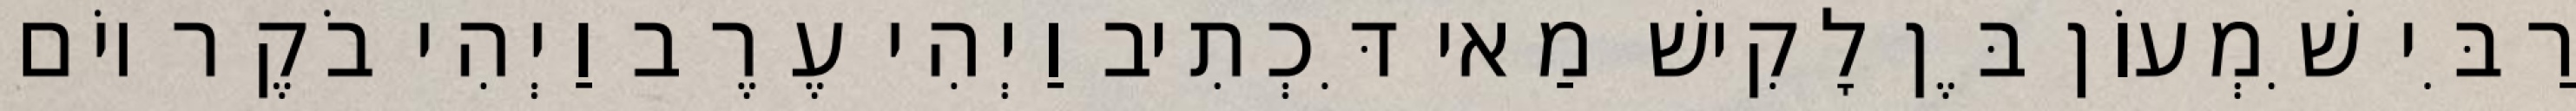
רַבִּי שִׁמְעוֹן בֶּן לָקִישׁ מַאי דִּכְתִיב וַיְהִי עֶרֶב וַיְהִי בֹקֶר יוֹם